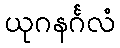
ယုဂနင်္ဂလံ